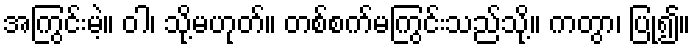
အကြွင်းမဲ့။ ဝါ၊ သို့မဟုတ်။ တစ်စက်မကြွင်းသည်သို့။ ကတွာ၊ ပြု၍။